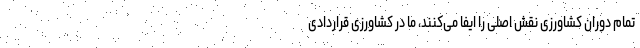
تمام دوران کشاورزی نقش اصلی را ایفا می‌کنند، ما در کشاورزی قراردادی